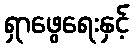
ရှာဖွေရေးနှင့်